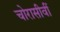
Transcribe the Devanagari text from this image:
चोरासीवीं